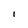
Character: l